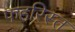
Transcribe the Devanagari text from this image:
फहरिस्त